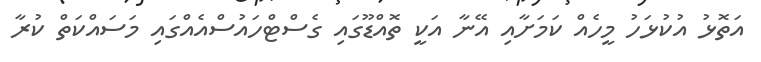
އަތޮޅު އުކުޅަހު މީހެއް ކަމަށާއި އޭނާ އަކީ ތޮއްޑޫގައި ގެސްޓްހައުސްއެއްގައި މަސައްކަތް ކުރާ